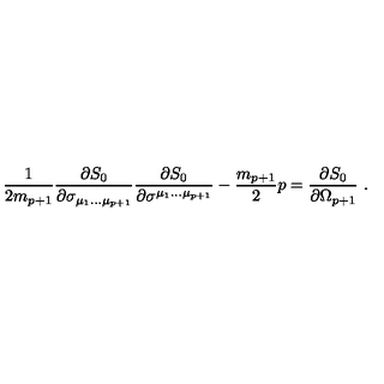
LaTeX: { \frac { 1 } { 2 m _ { p + 1 } } } { \frac { \partial S _ { 0 } } { \partial \sigma _ { \mu _ { 1 } \dots \mu _ { p + 1 } } } } { \frac { \partial S _ { 0 } } { \partial \sigma ^ { \mu _ { 1 } \dots \mu _ { p + 1 } } } } - \frac { m _ { p + 1 } } { 2 } p = { \frac { \partial S _ { 0 } } { \partial \Omega _ { p + 1 } } } \ .